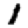
Digit: 1